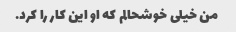
من خیلی خوشحالم که او این کار را کرد.